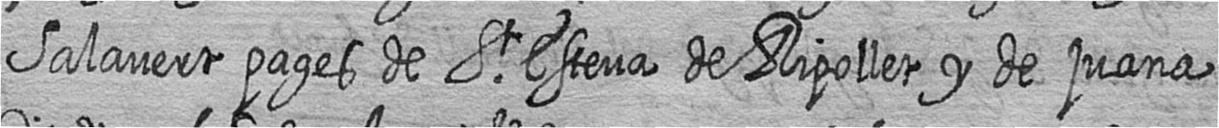
Salavert pages de St Esteva de Ripollet y de juana